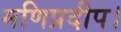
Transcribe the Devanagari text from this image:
मणिप्रदीप।